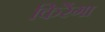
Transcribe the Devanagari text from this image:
किरेंगा